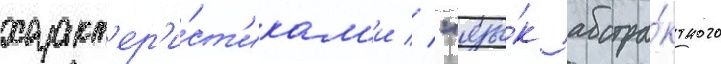
характ'ер'и́ст'икам'и // "язы́к абстра́ктного